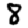
Digit: 8